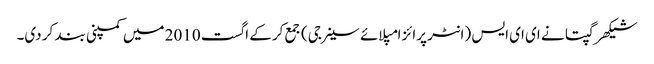
شیکھر گپتا نے ای ای ایس (انٹر پرائز امپلائے سینرجی) جمع کرکے اگست 2010 میں کمپنی بند کر دی۔